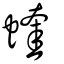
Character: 蝰